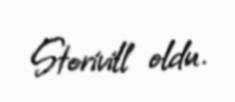
Storivill oldu.